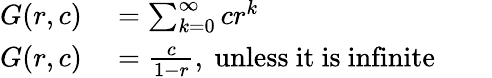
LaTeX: \begin{array}{rlrl}{G(r,c)}&{{}=\sum_{k=0}^{\infty}cr^{k}}&{}&{{}}\\ {G(r,c)}&{{}={\frac{c}{1-r}},{\mathrm{~unless~it~is~infinite}}}&{}&{{}}\end{array}